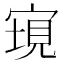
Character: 𡩮